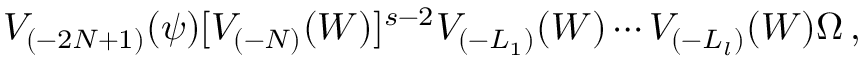
V _ { ( - 2 N + 1 ) } ( \psi ) [ V _ { ( - N ) } ( W ) ] ^ { s - 2 } V _ { ( - L _ { 1 } ) } ( W ) \cdots V _ { ( - L _ { l } ) } ( W ) \Omega \, ,